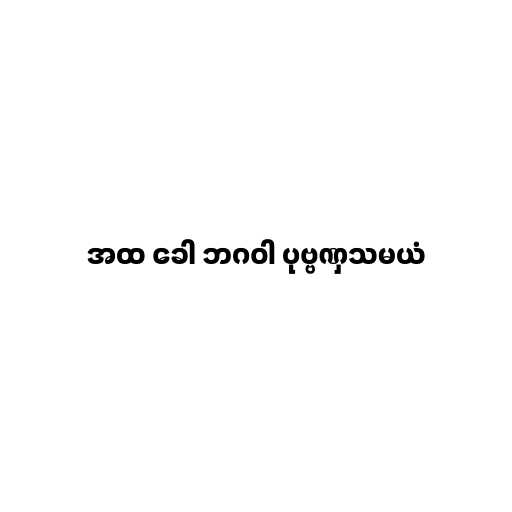
အထ ခေါ ဘဂဝါ ပုဗ္ဗဏှသမယံ